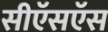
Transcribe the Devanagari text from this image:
सीऍसऍस